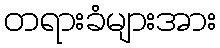
တရားခံများအား